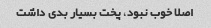
اصلا خوب نبود، پخت بسیار بدی داشت